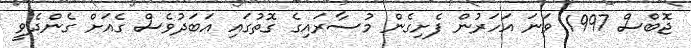
ޖޮބްސް 1997 ވަނަ އަހަރުން ފެށިގެން މުސާރައިގެ ގޮތުގައި އަބަދުވެސް ގެއަށް ގެންދެވީ